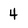
Character: 4